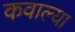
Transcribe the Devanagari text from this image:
कवाल्या